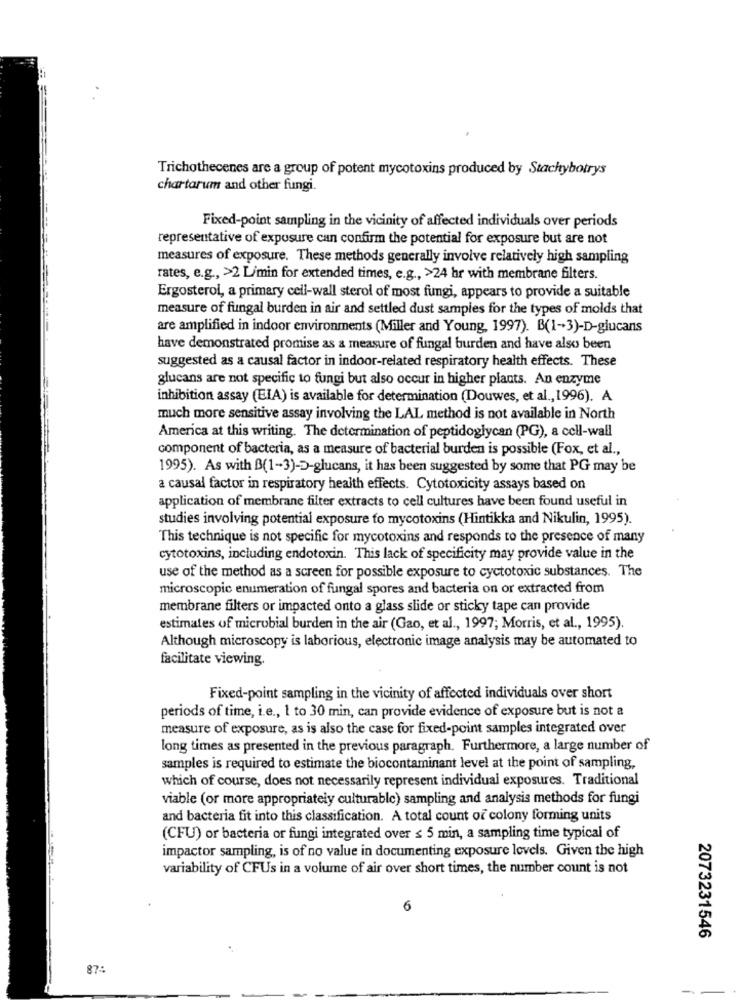
Trichothecenes are a group of potent mycotoxins produced by Stachybotrys
chartarum and other fungi.
Fixed-point sampling in the vicinity of affected individuals over periods
representative of exposure can confirm the potential for exposure but are not
measures of exposure. These methods generally involve relatively high sampling
rates, e.g ., >2 L/min for extended times, e.g ., >24 hr with membrane filters.
Ergosterol, a primary cell-wall sterol of most fungi, appears to provide a suitable
measure of fungal burden in air and settled dust samples for the types of molds that
are amplified in indoor environments (Miller and Young, 1997). B(1-3)-D-glucans
have demonstrated promise as a measure of fungal burden and have also been
suggested as a causal factor in indoor-related respiratory health effects. These
glucans are not specific to fungi but also occur in higher plants. An enzyme
inhibition assay (EIA) is available for determination (Douwes, et al ., 1996). A
much more sensitive assay involving the LAL method is not available in North
America at this writing. The determination of peptidoglycan (PG), a cell-wall
component of bacteria, as a measure of bacterial burden is possible (Fox, et al .,
1995). As with B(1-3)-D-glucans, it has been suggested by some that PG may be
a causal factor in respiratory health effects. Cytotoxicity assays based on
application of membrane filter extracts to cell cultures have been found useful in
studies involving potential exposure to mycotoxins (Hintikka and Nikulin, 1995).
This technique is not specific for mycotoxins and responds to the presence of many
cytotoxins, including endotoxin. This lack of specificity may provide value in the
use of the method as a screen for possible exposure to cyctotoxic substances. The
microscopic enumeration of fungal spores and bacteria on or extracted from
membrane filters or impacted onto a glass slide or sticky tape can provide
estimates of microbial burden in the air (Gao, et al ., 1997; Morris, et al ., 1995).
Although microscopy is laborious, electronic image analysis may be automated to
facilitate viewing.
Fixed-point sampling in the vicinity of affected individuals over short
periods of time, i.e ., 1 to 30 min, can provide evidence of exposure but is not a
measure of exposure, as is also the case for fixed-point samples integrated over
long times as presented in the previous paragraph. Furthermore, a large number of
samples is required to estimate the biocontaminant level at the point of sampling,
which of course, does not necessarily represent individual exposures. Traditional
viable (or more appropriately culturable) sampling and analysis methods for fungi
and bacteria fit into this classification. A total count of colony forming units
(CFU) or bacteria or fungi integrated over ≤ 5 min, a sampling time typical of
impactor sampling, is of no value in documenting exposure levels. Given the high
variability of CFUs in a volume of air over short times, the number count is not
6
2073231546
87:
-